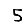
Digit: 5